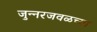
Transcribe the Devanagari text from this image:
जुन्‍नरजवळच्या